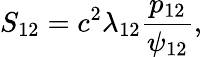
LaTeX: S_{12}=c^{2}\lambda_{12}\frac{p_{12}}{\psi_{12}},